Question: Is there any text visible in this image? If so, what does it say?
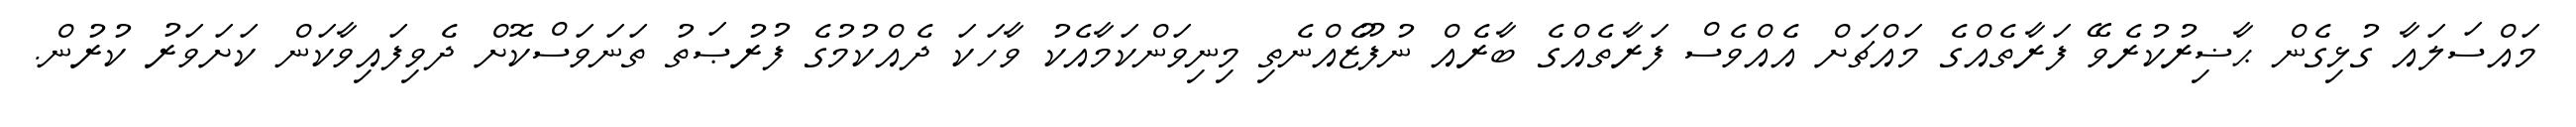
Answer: މައްސަލައާ ގުޅިގެން ޙާޟިރުކުރެވޭ ފަރާތެއްގެ މައްޗަށް އެއްވެސް ފަރާތެއްގެ ބާރެއް ނުފޫޒެއްނެތި މިނިވަންކަމާއެކު ވާހަކަ ދެއްކުމުގެ ފުރުޞަތު ތަނަވަސްކޮށް ދެވިފައިވާކަން ކަށަވަރު ކުރުން.